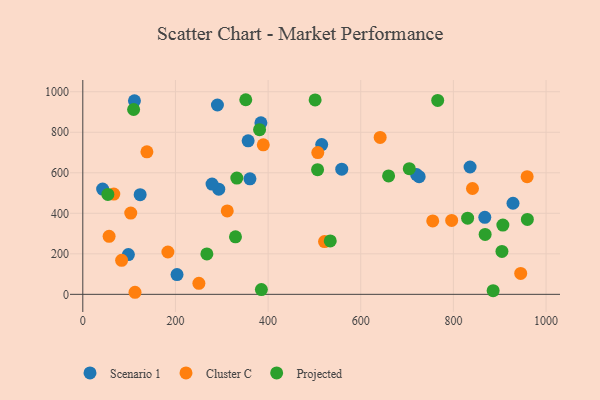
{"axis": {"x": "Speed", "y": "Rating"}, "legend": ["Cluster C", "Projected", "Scenario 1"], "data": [{"x": "360.8", "y": 570.4, "type": "Scenario 1"}, {"x": "867.8", "y": 380.4, "type": "Scenario 1"}, {"x": "111.5", "y": 955.3, "type": "Scenario 1"}, {"x": "293.5", "y": 519.0, "type": "Scenario 1"}, {"x": "726.1", "y": 580.7, "type": "Scenario 1"}, {"x": "203.4", "y": 97.8, "type": "Scenario 1"}, {"x": "42.8", "y": 519.4, "type": "Scenario 1"}, {"x": "836.0", "y": 628.5, "type": "Scenario 1"}, {"x": "515.7", "y": 739.5, "type": "Scenario 1"}, {"x": "123.8", "y": 492.2, "type": "Scenario 1"}, {"x": "559.0", "y": 618.1, "type": "Scenario 1"}, {"x": "928.7", "y": 449.7, "type": "Scenario 1"}, {"x": "279.0", "y": 544.3, "type": "Scenario 1"}, {"x": "98.4", "y": 196.2, "type": "Scenario 1"}, {"x": "720.5", "y": 591.0, "type": "Scenario 1"}, {"x": "384.5", "y": 846.8, "type": "Scenario 1"}, {"x": "356.9", "y": 757.8, "type": "Scenario 1"}, {"x": "290.6", "y": 934.7, "type": "Scenario 1"}, {"x": "641.9", "y": 774.7, "type": "Cluster C"}, {"x": "66.9", "y": 494.9, "type": "Cluster C"}, {"x": "103.5", "y": 401.3, "type": "Cluster C"}, {"x": "945.3", "y": 103.4, "type": "Cluster C"}, {"x": "311.8", "y": 411.6, "type": "Cluster C"}, {"x": "112.7", "y": 10.2, "type": "Cluster C"}, {"x": "959.2", "y": 580.7, "type": "Cluster C"}, {"x": "841.2", "y": 522.4, "type": "Cluster C"}, {"x": "389.6", "y": 738.0, "type": "Cluster C"}, {"x": "56.8", "y": 286.4, "type": "Cluster C"}, {"x": "796.3", "y": 364.8, "type": "Cluster C"}, {"x": "521.8", "y": 260.5, "type": "Cluster C"}, {"x": "250.6", "y": 54.5, "type": "Cluster C"}, {"x": "755.4", "y": 362.4, "type": "Cluster C"}, {"x": "83.8", "y": 167.7, "type": "Cluster C"}, {"x": "138.4", "y": 703.4, "type": "Cluster C"}, {"x": "507.3", "y": 699.6, "type": "Cluster C"}, {"x": "183.7", "y": 208.9, "type": "Cluster C"}, {"x": "885.8", "y": 18.2, "type": "Projected"}, {"x": "506.8", "y": 615.4, "type": "Projected"}, {"x": "534.2", "y": 263.8, "type": "Projected"}, {"x": "109.7", "y": 912.4, "type": "Projected"}, {"x": "351.8", "y": 960.7, "type": "Projected"}, {"x": "660.1", "y": 584.7, "type": "Projected"}, {"x": "501.5", "y": 959.7, "type": "Projected"}, {"x": "904.8", "y": 211.8, "type": "Projected"}, {"x": "704.8", "y": 620.5, "type": "Projected"}, {"x": "329.6", "y": 284.1, "type": "Projected"}, {"x": "385.5", "y": 23.7, "type": "Projected"}, {"x": "267.8", "y": 199.4, "type": "Projected"}, {"x": "959.7", "y": 369.9, "type": "Projected"}, {"x": "766.1", "y": 957.0, "type": "Projected"}, {"x": "868.5", "y": 295.6, "type": "Projected"}, {"x": "381.6", "y": 812.7, "type": "Projected"}, {"x": "332.5", "y": 574.1, "type": "Projected"}, {"x": "54.1", "y": 493.4, "type": "Projected"}, {"x": "906.8", "y": 341.9, "type": "Projected"}, {"x": "830.7", "y": 376.1, "type": "Projected"}]}